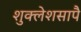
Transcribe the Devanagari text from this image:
शुक्लेशसापै